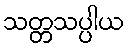
သတ္တသပ္ပါယ